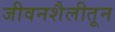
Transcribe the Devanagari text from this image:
जीवनशैलीतून